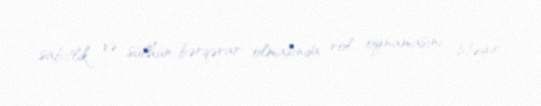
sabitlik və sülhün bərqərar olmasında rol oynamasını istəyir”.